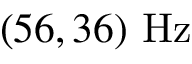
( 5 6 , 3 6 ) \ \mathrm { H z }